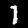
Label: 1